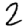
Digit: 2